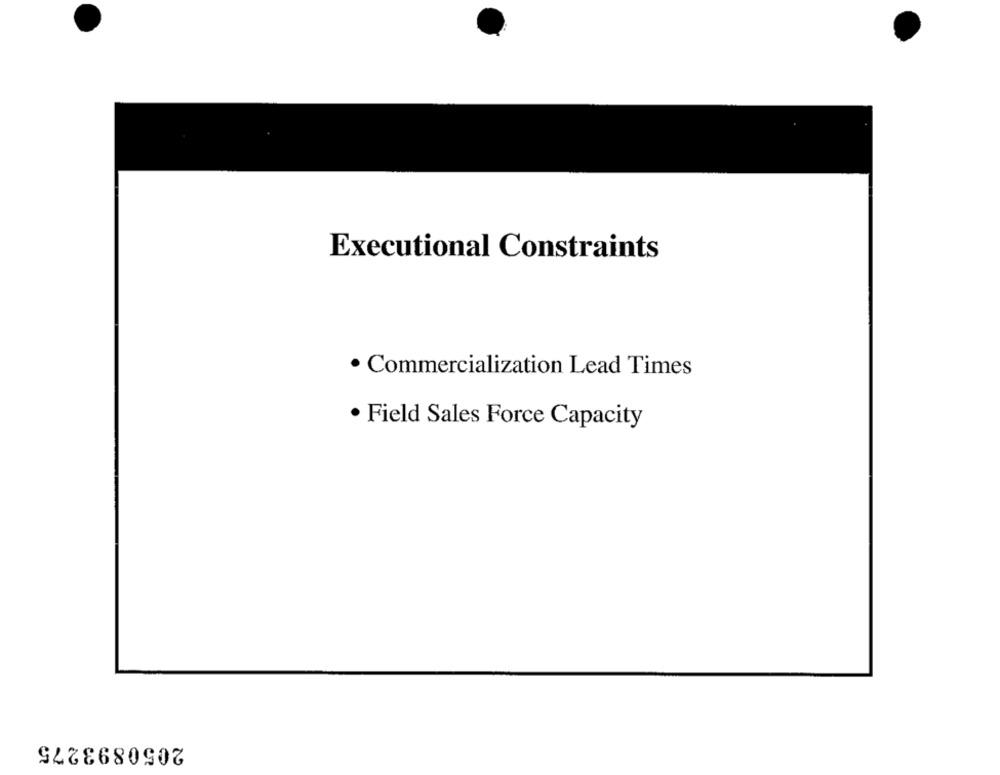
Executional Constraints
· Commercialization Lead Times
· Field Sales Force Capacity
2050893275